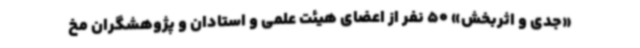
«جدی و اثربخش» 50 نفر از اعضای هیئت علمی و استادان و پژوهشگران مخ